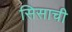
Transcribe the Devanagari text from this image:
सिसाची